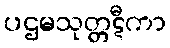
ပဌမသုတ္တဋီကာ